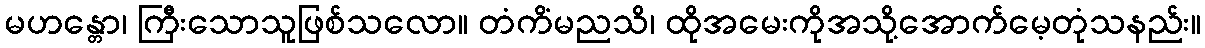
မဟန္တော၊ ကြီးသောသူဖြစ်သလော။ တံကိံမညသိ၊ ထိုအမေးကိုအသို့အောက်မေ့တုံသနည်း။